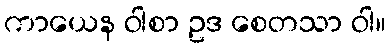
ကာယေန ဝါစာ ဥဒ စေတသာ ဝါ။